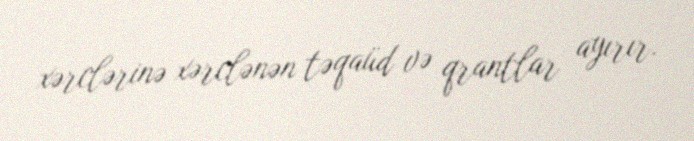
xərclərinə xərclənən təqaüd və qrantlar ayırır.